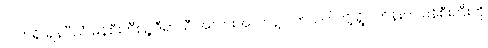
လက်ရှိ ချန်ပီယံ မန်စီးတီးရဲ့ ဒီရာသီ အလားအလာနဲ့ ပတ်သက်လို့ ရွိုင်ကိန်းက မန်စီးတီးကို